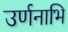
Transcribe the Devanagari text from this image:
उर्णनाभि